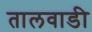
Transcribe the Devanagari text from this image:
तालवाडी